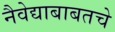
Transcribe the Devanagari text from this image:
नैवेद्याबाबतचे